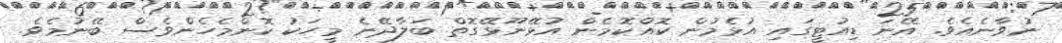
ނުވާނެއެވެ. އޭނަ ޑިއުޓީގައި އުޅެމުން ކޮއްކޮމެން އުޅޭނޫޅޭގޮތް ބަލާދޭނެ މީހަކު ކޮންމެހެންވެސް ބޭނުމެވެ.